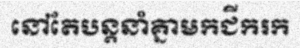
នៅតែបន្តនាំគ្នាមកជីករក